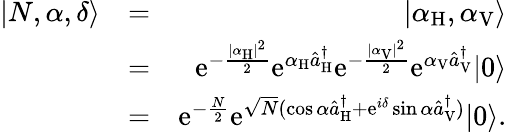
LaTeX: \begin{array}{rlr}{|N,\alpha,\delta\rangle}&{=}&{|\alpha_{\mathrm{H}},\alpha_{\mathrm{V}}\rangle}\\ &{=}&{\mathrm{e}^{-\frac{|\alpha_{\mathrm{H}}|^{2}}{2}}\mathrm{e}^{\alpha_{\mathrm{H}}\hat{a}_{\mathrm{H}}^{\dagger}}\mathrm{e}^{-\frac{|\alpha_{\mathrm{V}}|^{2}}{2}}\mathrm{e}^{\alpha_{\mathrm{V}}\hat{a}_{\mathrm{V}}^{\dagger}}|0\rangle}\\ &{=}&{\mathrm{e}^{-\frac{N}{2}}\mathrm{e}^{\sqrt{N}(\cos\alpha\hat{a}_{\mathrm{H}}^{\dagger}+\mathrm{e}^{i\delta}\sin\alpha\hat{a}_{\mathrm{V}}^{\dagger})}|0\rangle.}\end{array}